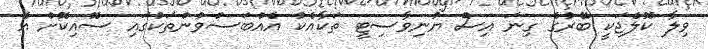
ވިލާ ކޮލެޖަކީ ބޭރުގެ ގިނަ އިސް ޔުނިވާސިޓީ ތަކާއެކު އެއްބަސްވުންތަކުގައި ސޮއިކޮށް އެ